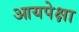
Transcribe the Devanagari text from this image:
आयपेक्षा